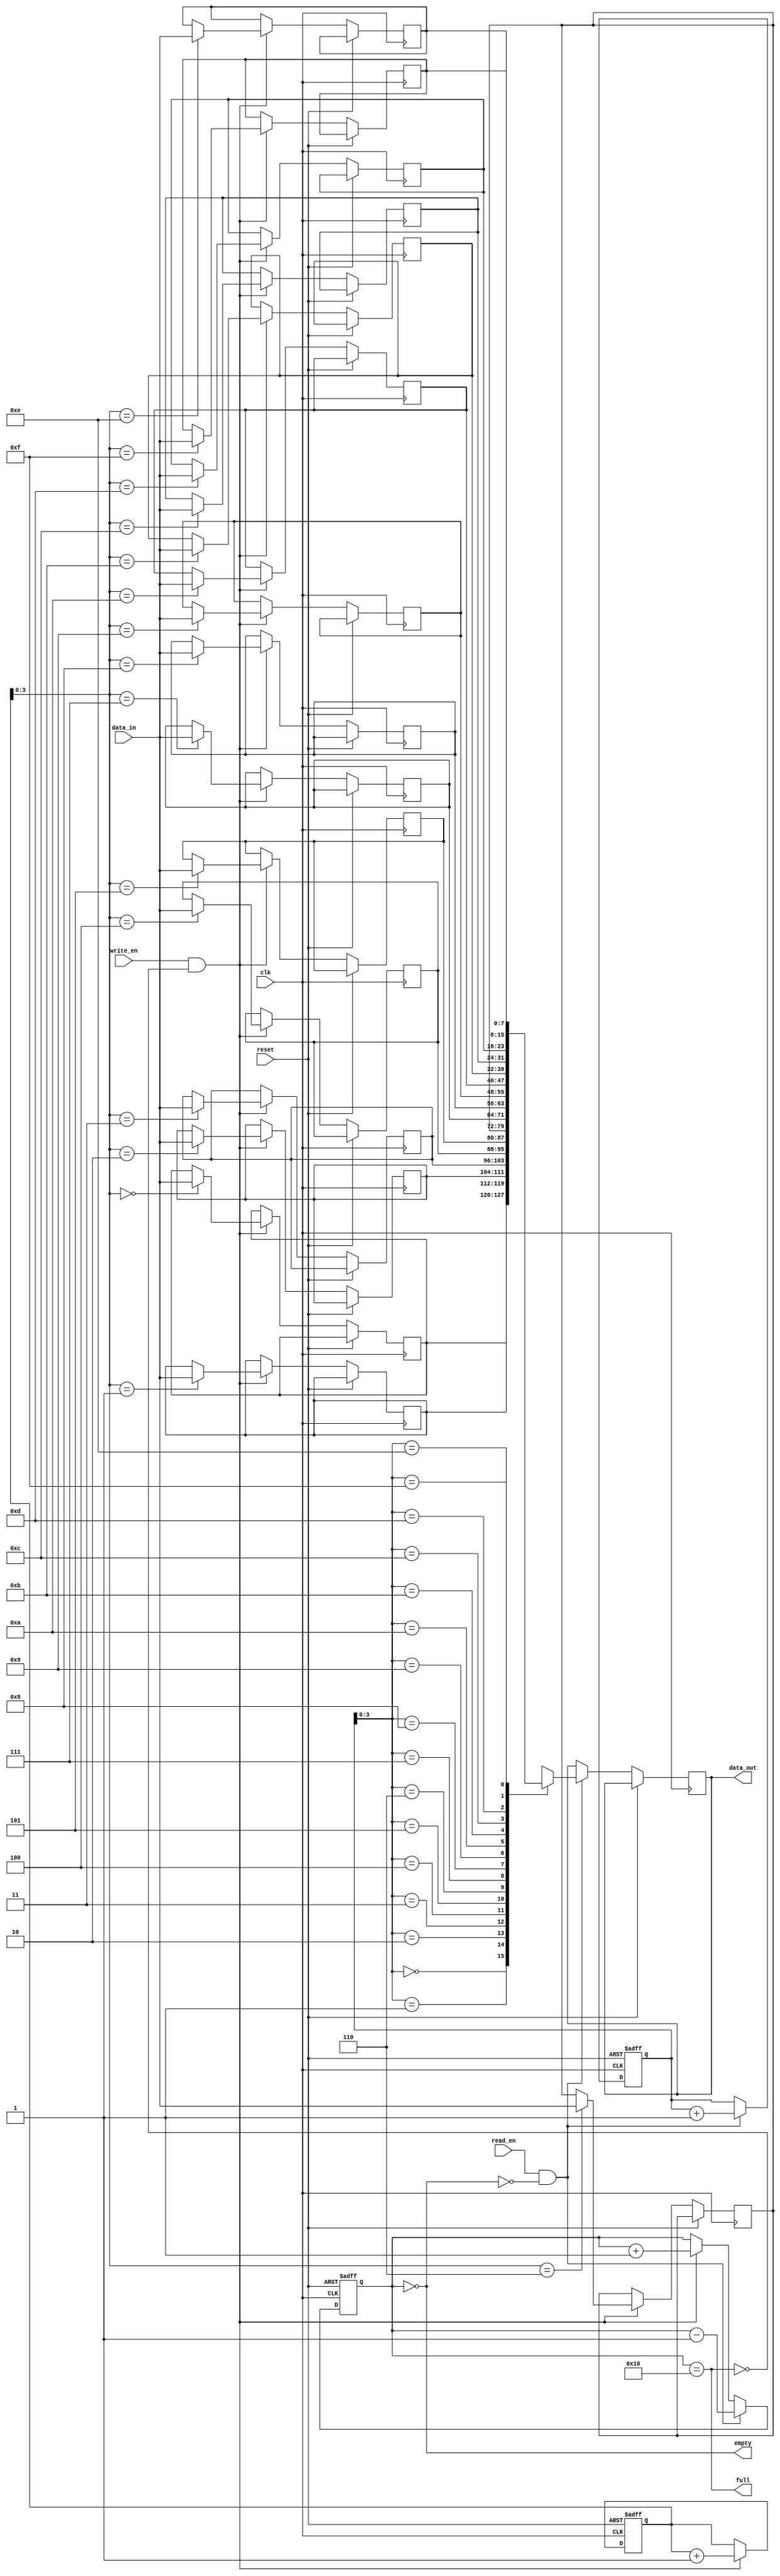
module fifo (
  input wire clk,
  input wire reset,
  input wire write_en,
  input wire read_en,
  input wire [data_width-1:0] data_in,
  output wire [data_width-1:0] data_out,
  output wire full,
  output wire empty
);

parameter data_width = 8;
parameter fifo_size = 16;

reg [data_width-1:0] fifo [fifo_size-1:0];
reg [4:0] head;
reg [4:0] tail;
reg [4:0] count;

always @(posedge clk or posedge reset) begin
  if (reset) begin
    head <= 5'b0;
    tail <= 5'b0;
    count <= 5'b0;
  end else begin
    if (write_en && !full) begin
      fifo[head] <= data_in;
      head <= head + 5'b1;
      count <= count + 5'b1;
    end
    if (read_en && !empty) begin
      data_out <= fifo[tail];
      tail <= tail + 5'b1;
      count <= count - 5'b1;
    end
  end
end

assign full = (count == fifo_size);
assign empty = (count == 5'b0);

endmodule